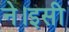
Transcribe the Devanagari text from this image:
ने।इसी